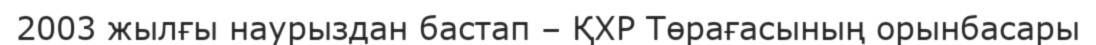
2003 жылғы наурыздан бастап – ҚХР Төрағасының орынбасары